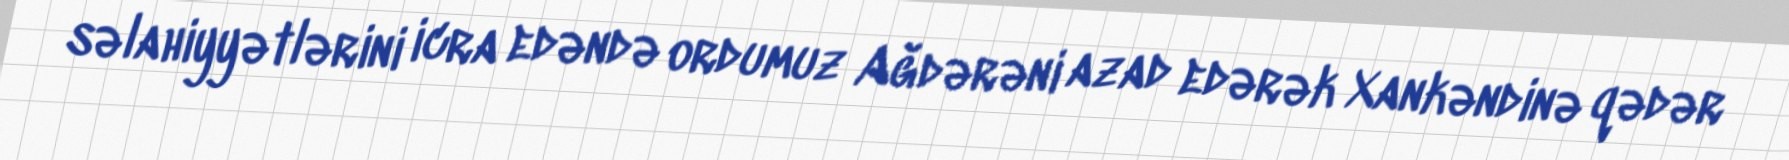
səlahiyyətlərini icra edəndə ordumuz Ağdərəni azad edərək Xankəndinə qədər